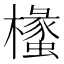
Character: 𭬧